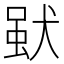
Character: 𤟩